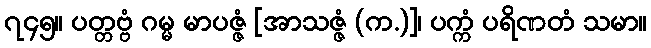
၇၄၅။ ပတ္တဗ္ဗံ ဂမ္မ မာပဇ္ဇံ [အာသဇ္ဇံ (က.)]၊ ပက္ကံ ပရိဏတံ သမာ။